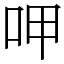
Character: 呷